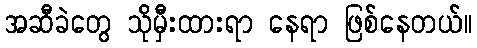
အဆီခဲတွေ သိုမှီးထားရာ နေရာ ဖြစ်နေတယ်။